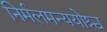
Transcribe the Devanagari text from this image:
निर्मलमन्ययोश्च